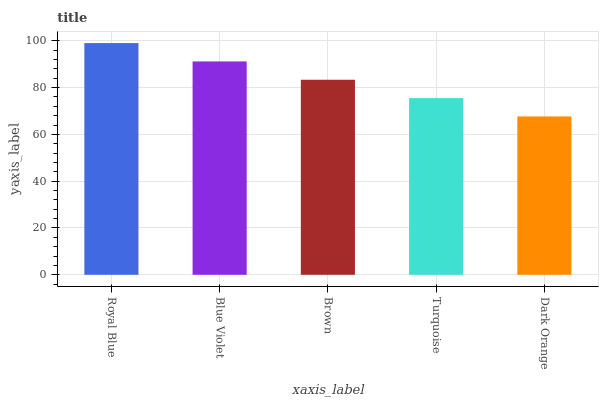
| xaxis_label | bars |
 | --- | --- |
 | Royal Blue | 99 |
 | Blue Violet | 91.2 |
 | Brown | 83.3 |
 | Turquoise | 75.5 |
 | Dark Orange | 67.7 |